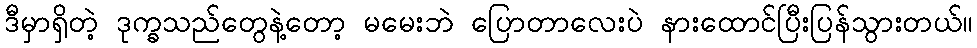
ဒီမှာရှိတဲ့ ဒုက္ခသည်တွေနဲ့တော့ မမေးဘဲ ပြောတာလေးပဲ နားထောင်ပြီးပြန်သွားတယ်။